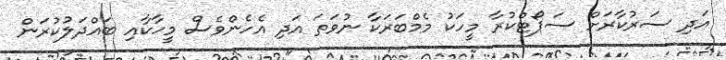
އަދި ސަރުކާރަށް ސަޕޯޓްކުރާ މީހަކު މެމްބަރަކާ ނުވަތަ އަދި އެހެންވެސް މީހާކާއި ބައްދަލުކުރަން